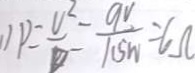
P = \frac { U ^ { 2 } } { D } = \frac { 9 V } { 1 . 5 w } = 6 \Omega